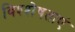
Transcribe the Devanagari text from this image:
विश्शेषताएं